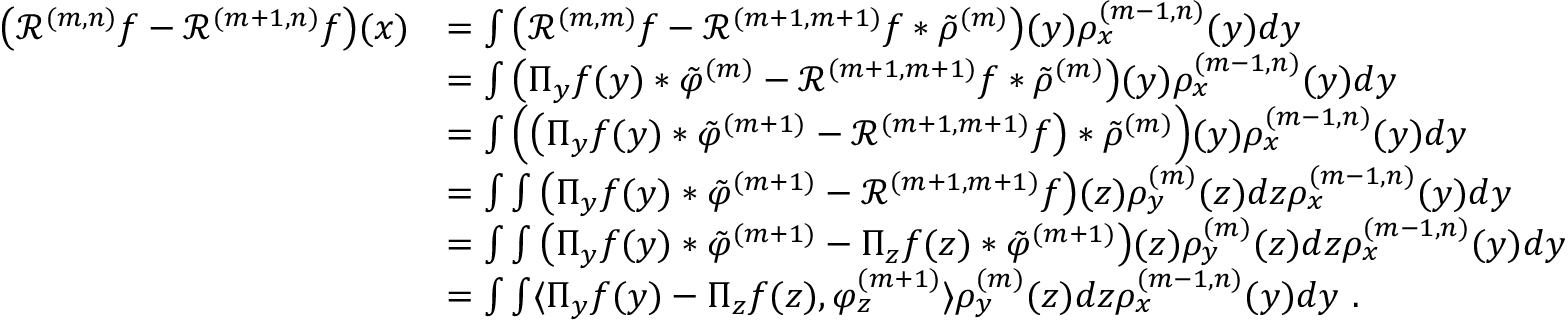
\begin{array} { r l } { \big ( \mathcal { R } ^ { ( m , n ) } f - \mathcal { R } ^ { ( m + 1 , n ) } f \big ) ( x ) } & { = \int \big ( \mathcal { R } ^ { ( m , m ) } f - \mathcal { R } ^ { ( m + 1 , m + 1 ) } f \ast \tilde { \rho } ^ { ( m ) } \big ) ( y ) { \rho } _ { x } ^ { ( m - 1 , n ) } ( y ) d y } \\ & { = \int \big ( \Pi _ { y } f ( y ) \ast \tilde { \varphi } ^ { ( m ) } - \mathcal { R } ^ { ( m + 1 , m + 1 ) } f \ast \tilde { \rho } ^ { ( m ) } \big ) ( y ) { \rho } _ { x } ^ { ( m - 1 , n ) } ( y ) d y } \\ & { = \int \Big ( \big ( \Pi _ { y } f ( y ) \ast \tilde { \varphi } ^ { ( m + 1 ) } - \mathcal { R } ^ { ( m + 1 , m + 1 ) } f \big ) \ast \tilde { \rho } ^ { ( m ) } \Big ) ( y ) { \rho } _ { x } ^ { ( m - 1 , n ) } ( y ) d y } \\ & { = \int \int \big ( \Pi _ { y } f ( y ) \ast \tilde { \varphi } ^ { ( m + 1 ) } - \mathcal { R } ^ { ( m + 1 , m + 1 ) } f \big ) ( z ) { \rho } _ { y } ^ { ( m ) } ( z ) d z { \rho } _ { x } ^ { ( m - 1 , n ) } ( y ) d y } \\ & { = \int \int \big ( \Pi _ { y } f ( y ) \ast \tilde { \varphi } ^ { ( m + 1 ) } - \Pi _ { z } f ( z ) \ast \tilde { \varphi } ^ { ( m + 1 ) } \big ) ( z ) { \rho } _ { y } ^ { ( m ) } ( z ) d z { \rho } _ { x } ^ { ( m - 1 , n ) } ( y ) d y } \\ & { = \int \int \langle \Pi _ { y } f ( y ) - \Pi _ { z } f ( z ) , { \varphi } _ { z } ^ { ( m + 1 ) } \rangle { \rho } _ { y } ^ { ( m ) } ( z ) d z { \rho } _ { x } ^ { ( m - 1 , n ) } ( y ) d y \ . } \end{array}